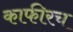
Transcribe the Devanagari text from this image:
काफीरच